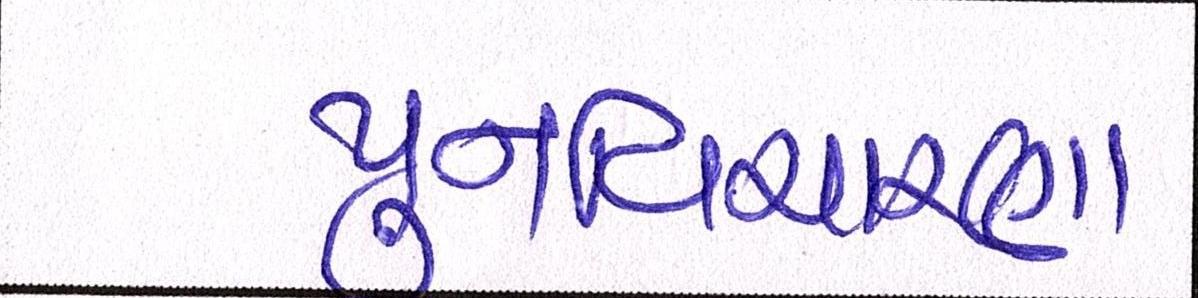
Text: પુનઃવિચારણા